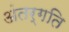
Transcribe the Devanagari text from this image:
अंतर्गति